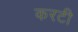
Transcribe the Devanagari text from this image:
करटी